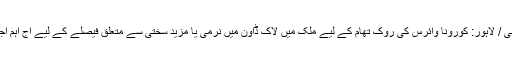
اسلام آباد / کراچی / لاہور: کورونا وائرس کی روک تھام کے لیے ملک میں لاک ڈاؤن میں نرمی یا مزید سختی سے متعلق فیصلے کے لیے آج اہم اجلاس منعقد ہوگا۔